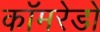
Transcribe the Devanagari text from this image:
कॉमरेडो